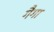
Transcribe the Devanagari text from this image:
गैगा